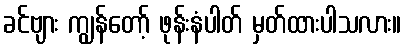
ခင်ဗျား ကျွန်တော့် ဖုန်းနံပါတ် မှတ်ထားပါသလား။